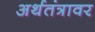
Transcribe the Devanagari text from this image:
अर्थतंत्रावर